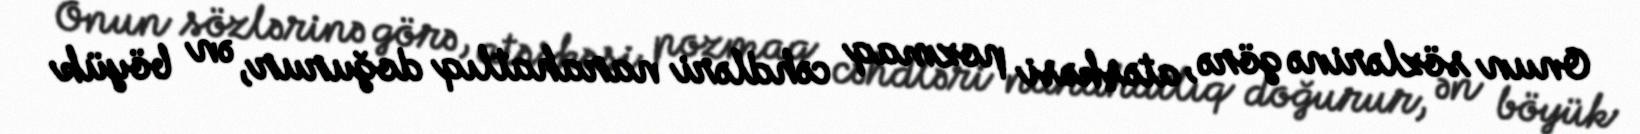
Onun sözlərinə görə, atəşkəsi pozmaq cəhdləri narahatlıq doğurur, ən böyük